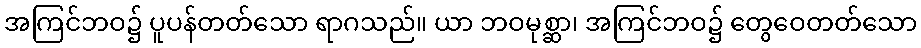
အကြင်ဘဝ၌ ပူပန်တတ်သော ရာဂသည်။ ယာ ဘဝမုစ္ဆာ၊ အကြင်ဘဝ၌ တွေဝေတတ်သော